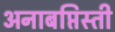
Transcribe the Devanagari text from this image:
अनाबप्तिस्ती